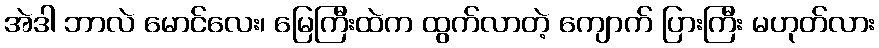
အဲဒါ ဘာလဲ မောင်လေး၊ မြေကြီးထဲက ထွက်လာတဲ့ ကျောက် ပြားကြီး မဟုတ်လား